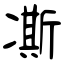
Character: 凘